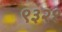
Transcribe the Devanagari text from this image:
९३२१